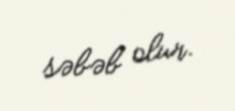
səbəb olur.